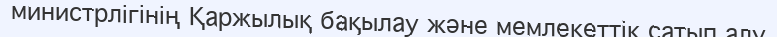
министрлігінің Қаржылық бақылау және мемлекеттік сатып алу